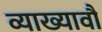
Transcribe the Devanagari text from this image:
व्याख्यावौं